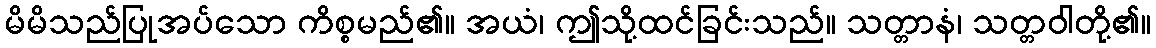
မိမိသည်ပြုအပ်သော ကိစ္စမည်၏။ အယံ၊ ဤသို့ထင်ခြင်းသည်။ သတ္တာနံ၊ သတ္တဝါတို့၏။